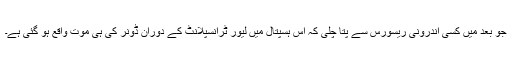
جو بعد میں کسی اندرونی ریسورس سے پتا چلی کہ اس ہسپتال میں لیور ٹرانسپلانٹ کے دوران ڈونر کی ہی موت واقع ہو گئی ہے۔